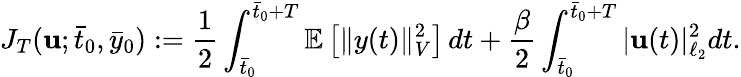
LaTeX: J_{T}(\mathbf{u};\bar{t}_{0},\bar{y}_{0}):=\frac{1}{2}\int_{\bar{t}_{0}}^{\bar{t}_{0}+T}\mathbb{E}\left[\| y(t)\| _{V}^{2}\right]\, dt+\frac{\beta}{2}\int_{\bar{t}_{0}}^{\bar{t}_{0}+T}|\mathbf{u}(t)|_{\ell_{2}}^{2}dt.